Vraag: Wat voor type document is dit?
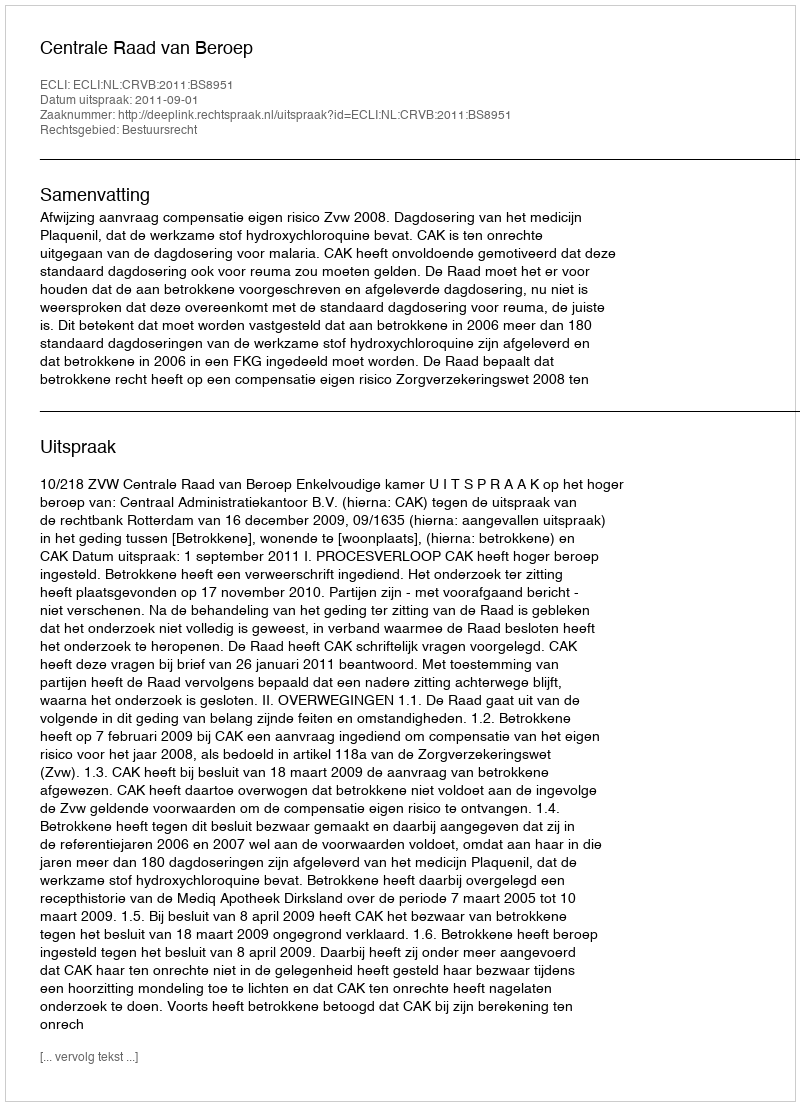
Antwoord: Uitspraak